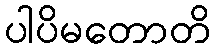
ပါပိမတောတိ